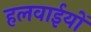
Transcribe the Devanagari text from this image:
हलवाईयों